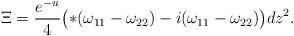
LaTeX: \begin{align*}\Xi= \frac {e^{-u}}4\bigl ( *(\omega_{11}-\omega_{22}) -i(\omega_{11}-\omega_{22}) \bigr )dz^2.\end{align*}